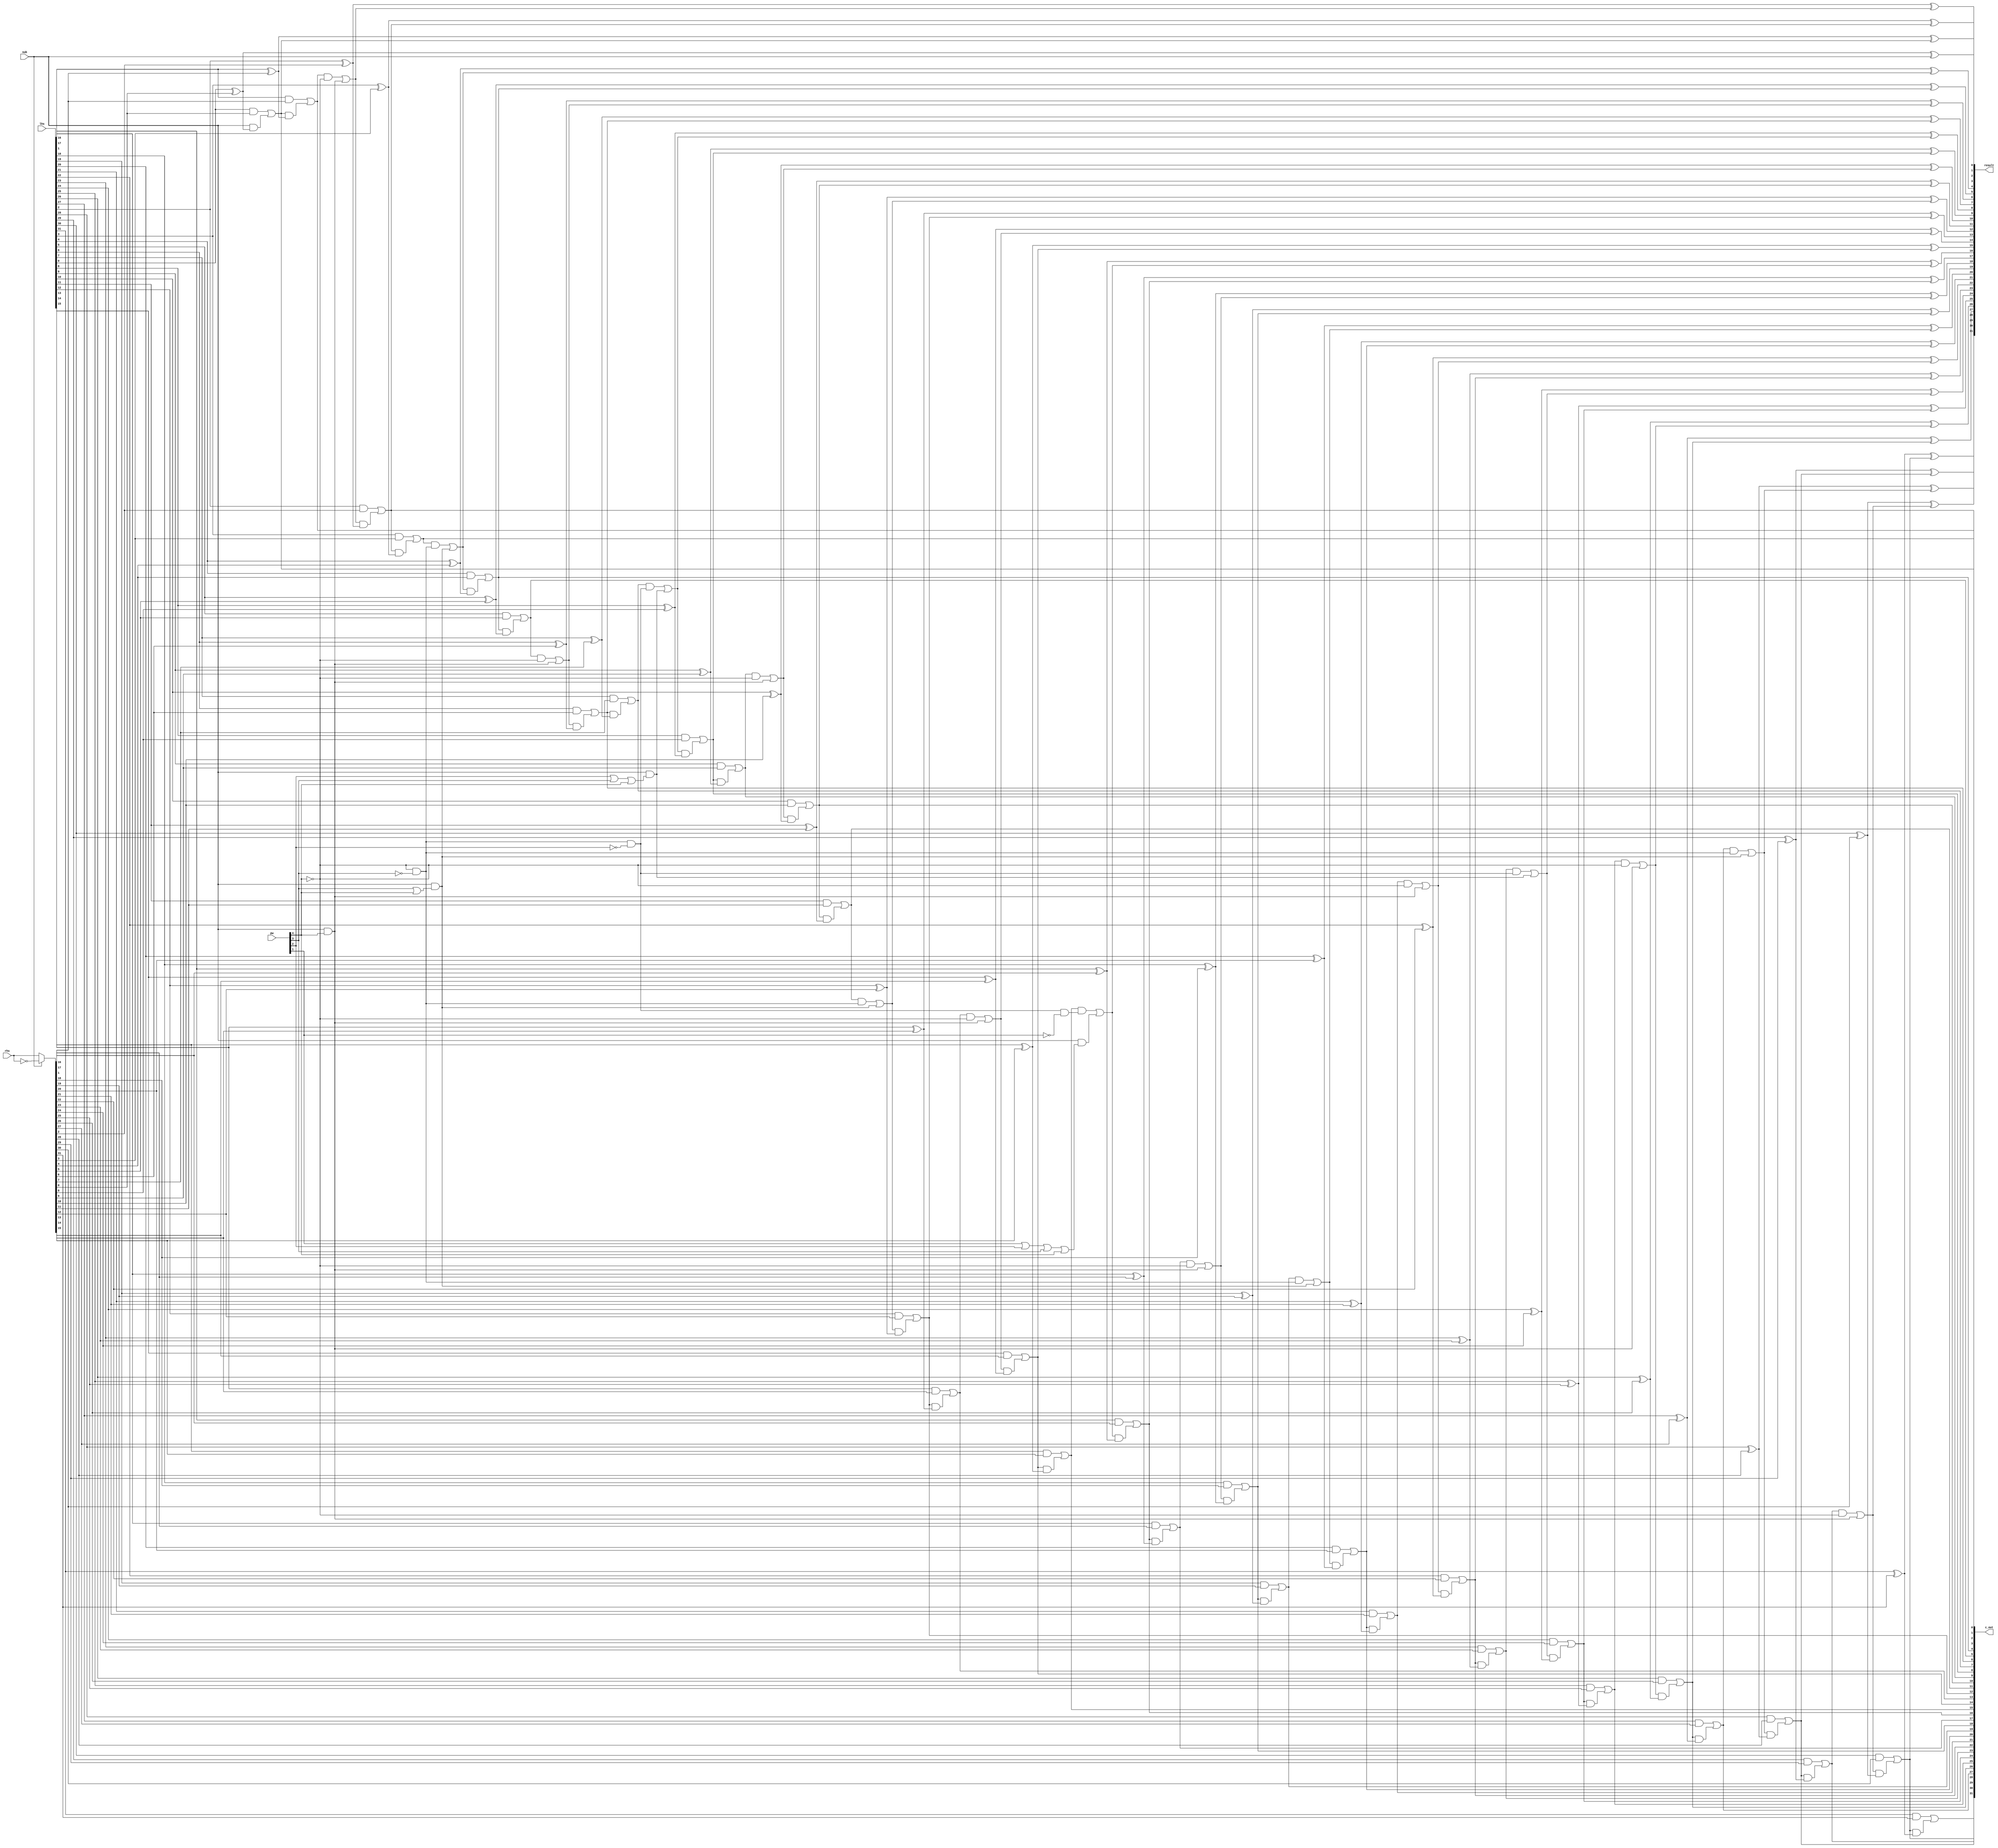
//
// SCARV Project
// 
// University of Bristol
// 
// RISC-V Cryptographic Instruction Set Extension
// 
// Reference Implementation
// 
// 

//
// module: p_addsub
//
//  Implemented packed addition/subtraction for 32-bit 2s complemente values.
//
module p_addsub (

input  wire [31:0]  lhs             , // Left hand input
input  wire [31:0]  rhs             , // Right hand input.

input  wire [ 4:0]  pw              , // Pack width to operate on
input  wire [ 0:0]  sub             , // Subtract if set, else add.

output wire [31:0]  c_out           , // Carry bits
output wire [31:0]  result            // Result of the operation

);

//
// One-hot pack width wires
wire pw_32 = pw[0];
wire pw_16 = pw[1];
wire pw_8  = pw[2];
wire pw_4  = pw[3];
wire pw_2  = pw[4];

// Carry bit masks
(*keep*)
wire [31:0] carry_mask;
wire [32:0] carry_chain;

// Carry in IFF subtracting.
assign      carry_chain[0] = sub;

// Invert RHS iff subtracting.
wire [31:0] rhs_m          = sub ? ~rhs : rhs;

//
// Generate the carry mask bits.
assign carry_mask[ 0] = 1'b1;
assign carry_mask[ 1] = !pw_2;
assign carry_mask[ 2] = 1'b1;
assign carry_mask[ 3] = !pw_2 && !pw_4;
assign carry_mask[ 4] = 1'b1;
assign carry_mask[ 5] = !pw_2;
assign carry_mask[ 6] = 1'b1;
assign carry_mask[ 7] = !pw_2 && !pw_4 && !pw_8;
assign carry_mask[ 8] = 1'b1;
assign carry_mask[ 9] = !pw_2;
assign carry_mask[10] = 1'b1;
assign carry_mask[11] = !pw_2 && !pw_4;
assign carry_mask[12] = 1'b1;
assign carry_mask[13] = !pw_2;
assign carry_mask[14] = 1'b1;
assign carry_mask[15] = !pw_2 && !pw_4 && !pw_8 && !pw_16;
assign carry_mask[16] = 1'b1;
assign carry_mask[17] = !pw_2;
assign carry_mask[18] = 1'b1;
assign carry_mask[19] = !pw_2 && !pw_4;
assign carry_mask[20] = 1'b1;
assign carry_mask[21] = !pw_2;
assign carry_mask[22] = 1'b1;
assign carry_mask[23] = !pw_2 && !pw_4 && !pw_8;
assign carry_mask[24] = 1'b1;
assign carry_mask[25] = !pw_2;
assign carry_mask[26] = 1'b1;
assign carry_mask[27] = !pw_2 && !pw_4;
assign carry_mask[28] = 1'b1;
assign carry_mask[29] = !pw_2;
assign carry_mask[30] = 1'b1;
assign carry_mask[31] = !pw_2 && !pw_4 && !pw_8 && !pw_16;

//
// Generate full adders, where carry in for each one is masked by
// the corresponding carry mask bit.
genvar i;
generate for(i = 0; i < 32; i = i + 1) begin

    wire   c_in     = carry_chain[i];
    assign c_out[i] = (lhs[i] && rhs_m[i]) || (c_in && (lhs[i]^rhs_m[i]));
    
    wire   force_carry = sub && (
        (i == 15 && pw_16) ||  
        (i ==  7 && pw_8 ) ||
        (i == 15 && pw_8 ) ||
        (i == 23 && pw_8 ) ||
        (i ==  3 && pw_4 ) ||
        (i ==  7 && pw_4 ) ||
        (i == 11 && pw_4 ) ||
        (i == 15 && pw_4 ) ||
        (i == 19 && pw_4 ) ||
        (i == 23 && pw_4 ) ||
        (i == 27 && pw_4 ) ||
        (i ==  1 && pw_2 ) ||
        (i ==  3 && pw_2 ) ||
        (i ==  5 && pw_2 ) ||
        (i ==  7 && pw_2 ) ||
        (i ==  9 && pw_2 ) ||
        (i == 11 && pw_2 ) ||
        (i == 13 && pw_2 ) ||
        (i == 15 && pw_2 ) ||
        (i == 17 && pw_2 ) ||
        (i == 19 && pw_2 ) ||
        (i == 21 && pw_2 ) ||
        (i == 23 && pw_2 ) ||
        (i == 25 && pw_2 ) ||
        (i == 27 && pw_2 ) ||
        (i == 29 && pw_2 ) );

    assign carry_chain[i+1] = (c_out[i] && carry_mask[i]) || force_carry;

    assign result[i] = lhs[i] ^ rhs_m[i] ^ c_in;

end endgenerate

endmodule